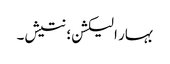
بہار الیکشن؛ نتیش۔